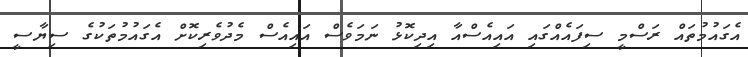
އެގައުމުތައް ރަސްމީ ސިފައެއްގައި އައިއެސްއާ އިދިކޮޅު ނަމަވެސް އައިއެސް މެދުވެރިކޮށް އެގައުމުތަކުގެ ސިޔާސީ